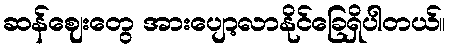
ဆန်ဈေးတွေ အားပျော့လာနိုင်ခြေရှိပါတယ်။